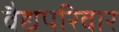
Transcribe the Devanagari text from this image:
वैद्यपरिवार